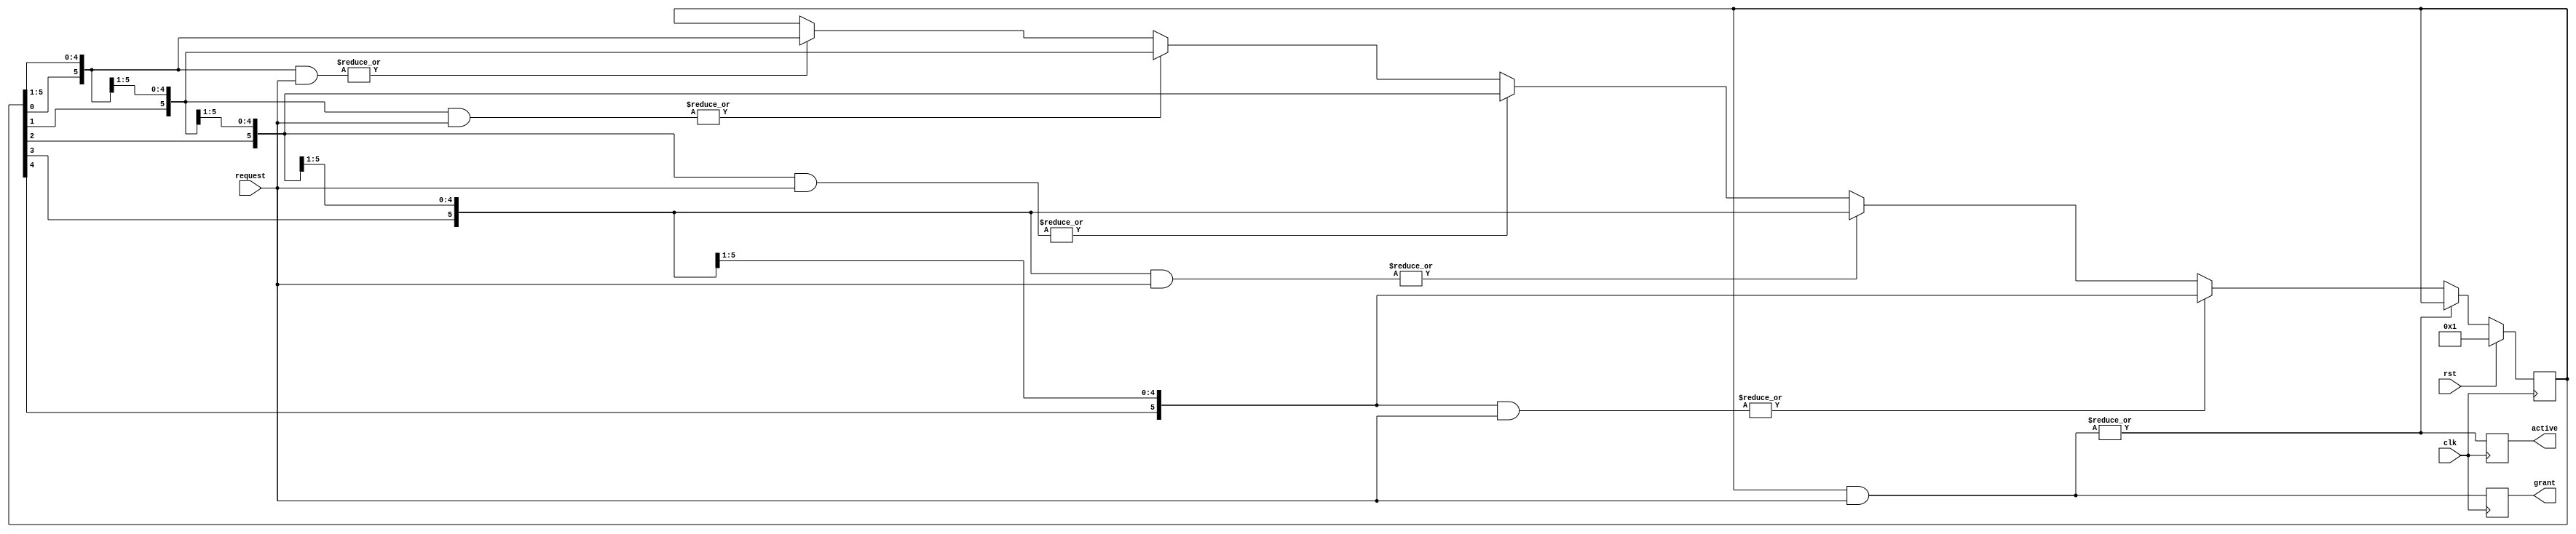
module arbiter
  #(parameter
    NUM_PORTS = 6)
   (input                       clk,
    input                       rst,
    input      [NUM_PORTS-1:0]  request,
    output reg [NUM_PORTS-1:0]  grant,
    output reg                  active
);


    /**
     * Local parameters
     */

    localparam WRAP_LENGTH = 2*NUM_PORTS;

`ifdef VERBOSE
    initial $display("Bus arbiter with %d units", NUM_PORTS);
`endif


    /**
     * Internal signals
     */

    integer                 yy;

    wire                    next;
    wire [NUM_PORTS-1:0]    order;

    reg  [NUM_PORTS-1:0]    token;
    wire [NUM_PORTS-1:0]    token_lookahead [NUM_PORTS-1:0];
    wire [WRAP_LENGTH-1:0]  token_wrap;


    /**
     * Implementation
     */

    assign token_wrap   = {token, token};

    assign next         = ~|(token & request);


    always @(posedge clk)
        grant <= token & request;


    always @(posedge clk)
        active <= |(token & request);


    always @(posedge clk)
        if (rst) token <= 'b1;
        else if (next) begin

            for (yy = 0; yy < NUM_PORTS; yy = yy + 1) begin : TOKEN_

                if (order[yy]) begin
                    token <= token_lookahead[yy];
                end
            end
        end


    genvar xx;
    generate
        for (xx = 0; xx < NUM_PORTS; xx = xx + 1) begin : ORDER_

            assign token_lookahead[xx]  = token_wrap[xx +: NUM_PORTS];

            assign order[xx]            = |(token_lookahead[xx] & request);

        end
    endgenerate


endmodule